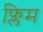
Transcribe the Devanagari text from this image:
फ्लिम